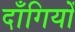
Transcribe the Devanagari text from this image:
दाँगियों